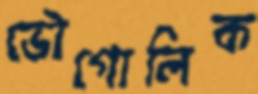
ভৌগোলিক